Vaccination North-Western Provinces 1866-1877 - 1866-1877
Year: 1866
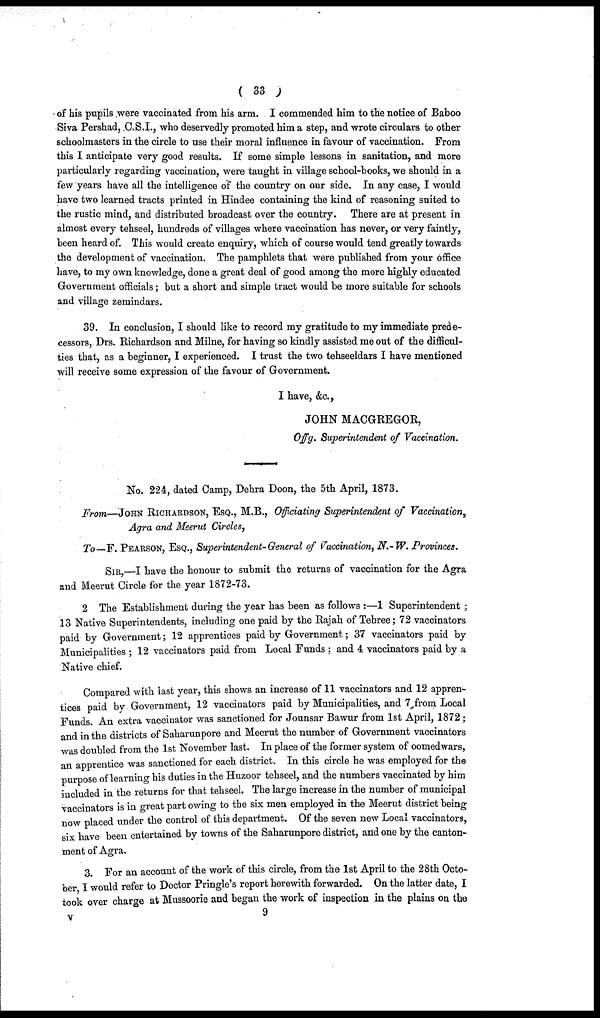
( 33 )
of his pupils were vaccinated from his arm. I commended him to the notice of Baboo
Siva Pershad, C.S.I., who deservedly promoted him a step, and wrote circulars to other
schoolmasters in the circle to use their moral influence in favour of vaccination. From
this I anticipate very good results. If some simple lessons in sanitation, and more
particularly regarding vaccination, were taught in village school-books, we should in a
few years have all the intelligence of the country on our side. In any case, I would
have two learned tracts printed in Hindee containing the kind of reasoning suited to
the rustic mind, and distributed broadcast over the country. There are at present in
almost every tehseel, hundreds of villages where vaccination has never, or very faintly,
been heard of. This would create enquiry, which of course would tend greatly towards
the development of vaccination. The pamphlets that were published from your office
have, to my own knowledge, done a great deal of good among the more highly educated
Government officials; but a short and simple tract would be more suitable for schools
and village zemindars.
39. In conclusion, I should like to record my gratitude to my immediate prede-
cessors, Drs. Richardson and Milne, for having so kindly assisted me out of the difficul-
ties that, as a beginner, I experienced. I trust the two tehseeldars I have mentioned
will receive some expression of the favour of Government.
I have, &c.,
JOHN MACGREGOR,
Offg. Superintendent of Vaccination.
No. 224, dated Camp, Dehra Doon, the 5th April, 1873.
From—JOHN RICHARDSON, ESQ., M.B., Officiating Superintendent of Vaccination,
Agra and Meerut Circles,
To—F. PEARSON, ESQ., Superintendent-General of Vaccination, N.-W. Provinces.
SIR,—I have the honour to submit the returns of vaccination for the Agra
and Meerut Circle for the year 1872-73.
2 The Establishment during the year has been as follows :—1 Superintendent ;
13 Native Superintendents, including one paid by the Rajah of Tehree; 72 vaccinators
paid by Government; 12 apprentices paid by Government; 37 vaccinators paid by
Municipalities; 12 vaccinators paid from Local Funds ; and 4 vaccinators paid by a
Native chief.
Compared with last year, this shows an increase of 11 vaccinators and 12 appren-
tices paid by Government, 12 vaccinators paid by Municipalities, and 7 from Local
Funds. An extra vaccinator was sanctioned for Jounsar Bawur from 1st April, 1872;
and in the districts of Saharunpore and Meerut the number of Government vaccinators
was doubled from the 1st November last. In place of the former system of oomedwars,
an apprentice was sanctioned for each district. In this circle he was employed for the
purpose of learning his duties in the Huzoor tehseel, and the numbers vaccinated by him
included in the returns for that tehseel. The large increase in the number of municipal
vaccinators is in great part owing to the six men employed in the Meerut district being
now placed under the control of this department. Of the seven new Local vaccinators,
six have been entertained by towns of the Saharunpore district, and one by the canton-
ment of Agra.
3. For an account of the work of this circle, from the 1st April to the 28th Octo-
ber, I would refer to Doctor Pringle's report herewith forwarded. On the latter date, I
took over charge at Mussoorie and began the work of inspection in the plains on the
v 9